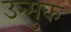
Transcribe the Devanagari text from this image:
उन्मुक